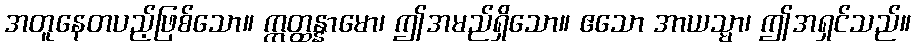
အတူနေတပည့်ဖြစ်သော။ ဣတ္ထန္နာမော၊ ဤအမည်ရှိသော။ ဧသော အာယသ္မာ၊ ဤအရှင်သည်။